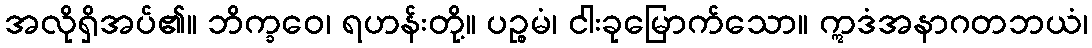
အလိုရှိအပ်၏။ ဘိက္ခဝေ၊ ရဟန်းတို့။ ပဉ္စမံ၊ ငါးခုမြောက်သော။ ဣဒံအနာဂတဘယံ၊